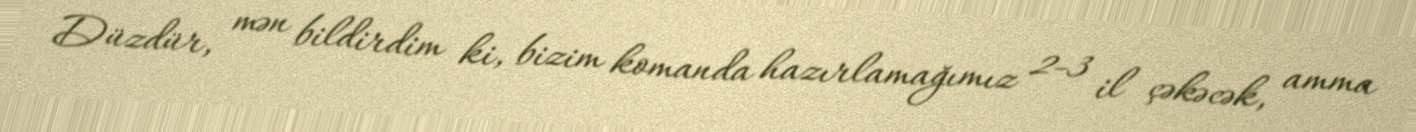
Düzdür, mən bildirdim ki, bizim komanda hazırlamağımız 2-3 il çəkəcək, amma